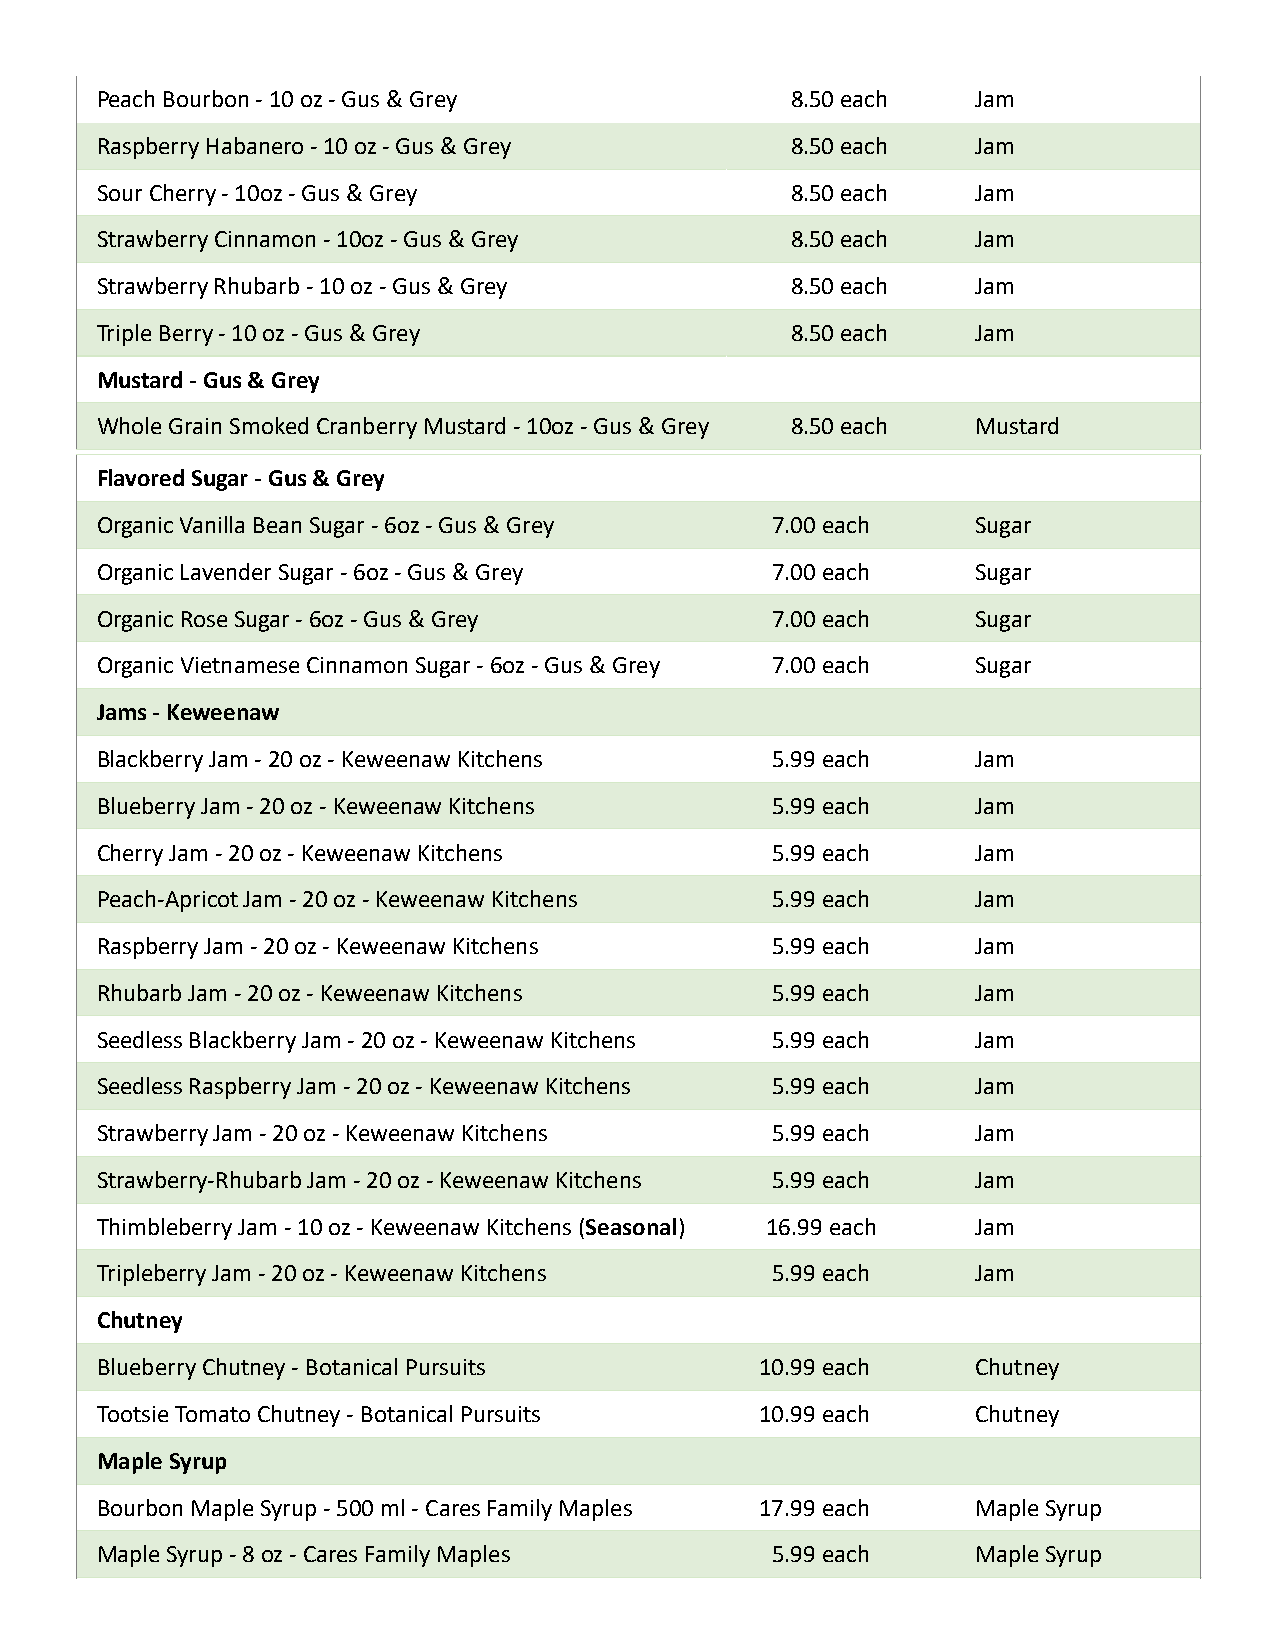
Peach Bourbon - 10 oz - Gus & Grey            8.50 each    Jam
 Raspberry Habanero - 10 oz - Gus & Grey       8.50 each    Jam
 Sour Cherry - 10oz - Gus & Grey               8.50 each    Jam
 Strawberry Cinnamon - 10oz - Gus & Grey       8.50 each    Jam
 Strawberry Rhubarb - 10 oz - Gus & Grey       8.50 each    Jam
 Triple Berry - 10 oz - Gus & Grey             8.50 each    Jam
 Mustard - Gus & Grey
 Whole Grain Smoked Cranberry Mustard - 10oz - Gus & Grey 8.50 each Mustard
 Flavored Sugar - Gus & Grey
 Organic Vanilla Bean Sugar - 6oz - Gus & Grey 7.00 each    Sugar
 Organic Lavender Sugar - 6oz - Gus & Grey    7.00 each     Sugar
 Organic Rose Sugar - 6oz - Gus & Grey        7.00 each     Sugar
 Organic Vietnamese Cinnamon Sugar - 6oz - Gus & Grey 7.00 each Sugar
 Jams - Keweenaw
 Blackberry Jam - 20 oz - Keweenaw Kitchens   5.99 each     Jam
 Blueberry Jam - 20 oz - Keweenaw Kitchens    5.99 each     Jam
 Cherry Jam - 20 oz - Keweenaw Kitchens       5.99 each     Jam
 Peach-Apricot Jam - 20 oz - Keweenaw Kitchens 5.99 each    Jam
 Raspberry Jam - 20 oz - Keweenaw Kitchens    5.99 each     Jam
 Rhubarb Jam - 20 oz - Keweenaw Kitchens      5.99 each     Jam
 Seedless Blackberry Jam - 20 oz - Keweenaw Kitchens 5.99 each Jam
 Seedless Raspberry Jam - 20 oz - Keweenaw Kitchens 5.99 each Jam
 Strawberry Jam - 20 oz - Keweenaw Kitchens   5.99 each     Jam
 Strawberry-Rhubarb Jam - 20 oz - Keweenaw Kitchens 5.99 each Jam
 Thimbleberry Jam - 10 oz - Keweenaw Kitchens (Seasonal) 16.99 each Jam
 Tripleberry Jam - 20 oz - Keweenaw Kitchens  5.99 each     Jam
 Chutney
 Blueberry Chutney - Botanical Pursuits      10.99 each     Chutney
 Tootsie Tomato Chutney - Botanical Pursuits 10.99 each     Chutney
 Maple Syrup
 Bourbon Maple Syrup - 500 ml - Cares Family Maples 17.99 each Maple Syrup
 Maple Syrup - 8 oz - Cares Family Maples     5.99 each     Maple Syrup